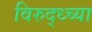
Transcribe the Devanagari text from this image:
विरुद्ध्च्या